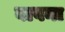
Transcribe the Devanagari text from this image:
बावना